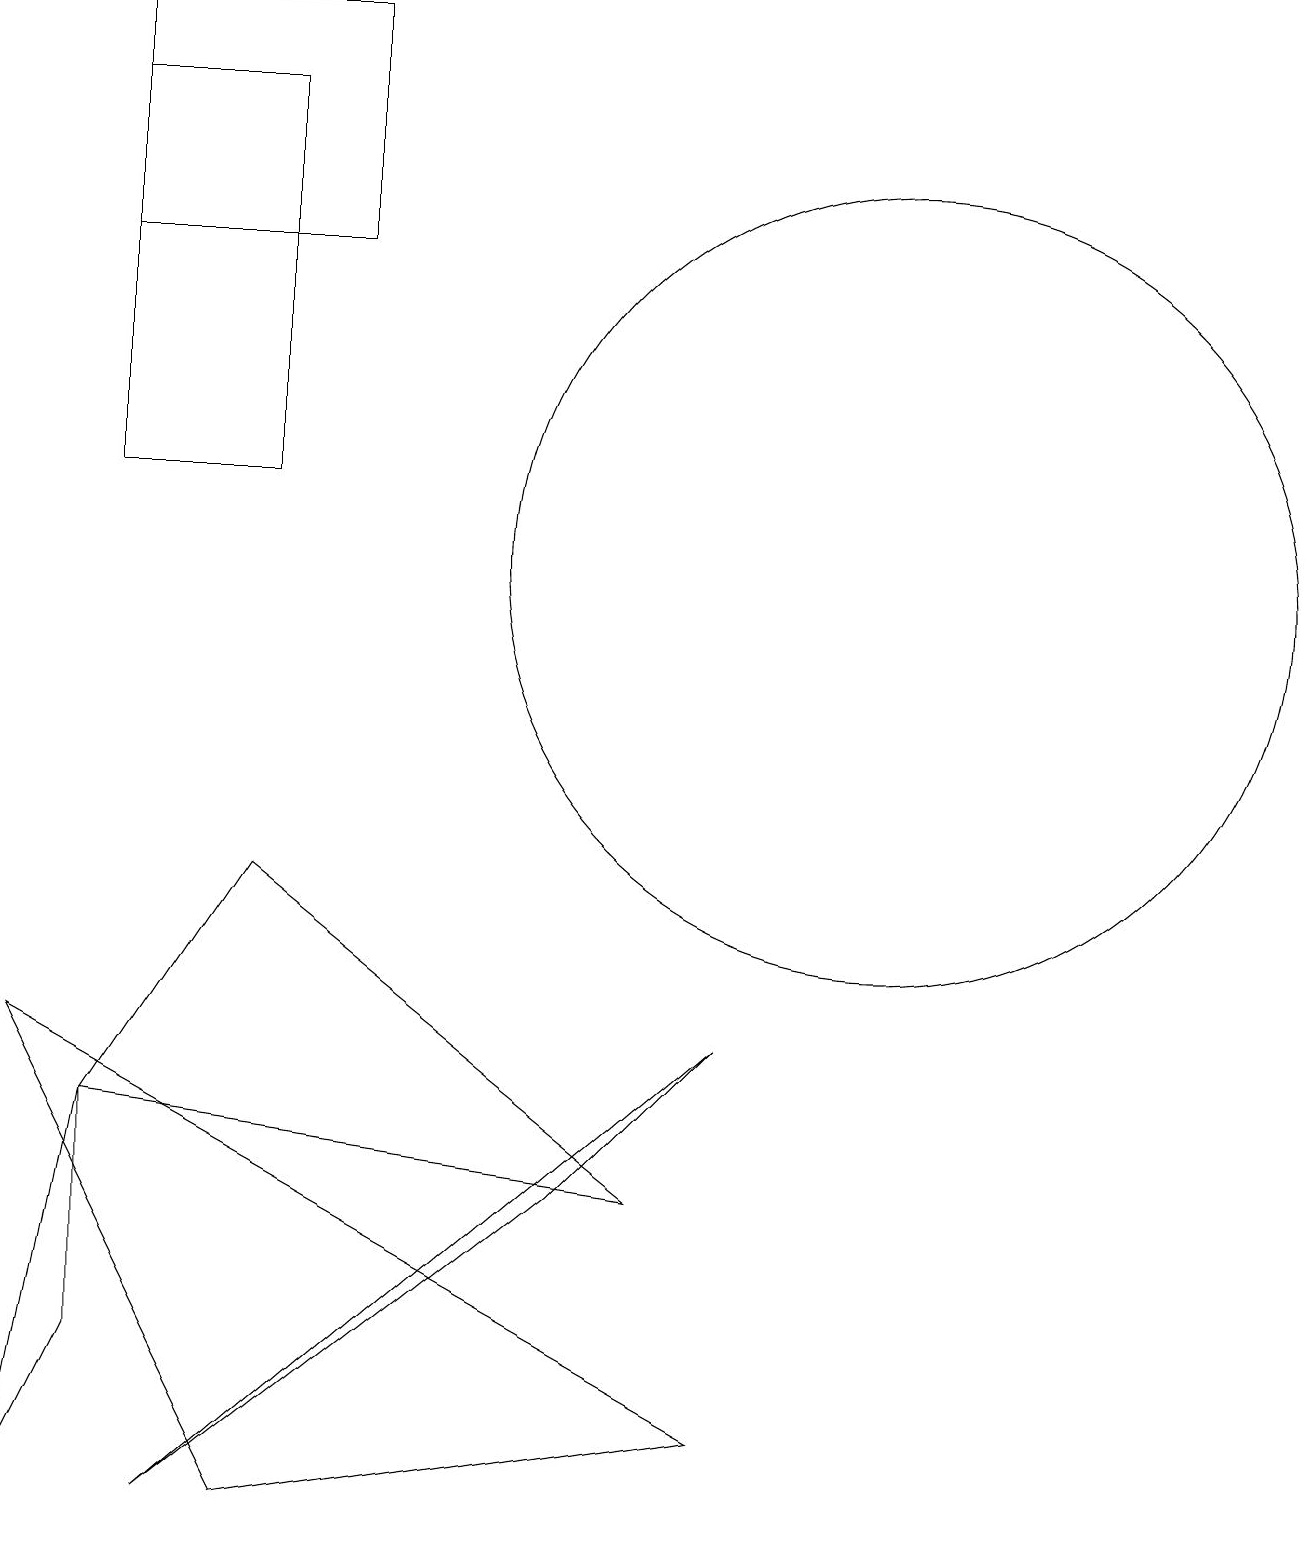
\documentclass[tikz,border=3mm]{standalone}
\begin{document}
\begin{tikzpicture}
\draw (1,5) -- (0,0) -- (1,2) -- cycle;
\draw (0,6) -- (3,0) -- (9,1) -- cycle;
\draw (3,13) rectangle (1,18);
\draw (4,19) rectangle (1,16);
\draw (1,5) -- (8,4) -- (3,8) -- cycle;
\draw (11,12) circle (5);
\draw (2,0) -- (9,6) -- (7,4) -- cycle;
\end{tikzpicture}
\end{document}